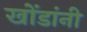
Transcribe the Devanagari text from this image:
खोंडांनी